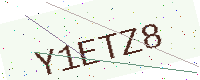
Text: Y1ETZ8